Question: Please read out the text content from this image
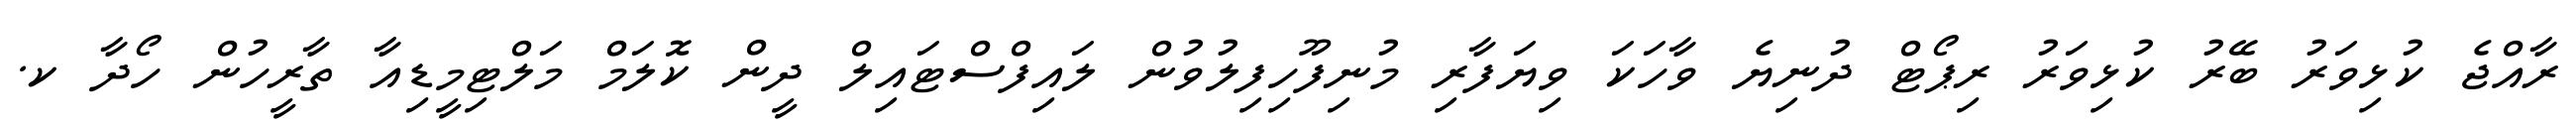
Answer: ރާއްޖެ ކުޅިވަރު ބޭރު ކުޅިވަރު ރިޕޯޓް ދުނިޔެ ވާހަކަ ވިޔަފާރި މުނިފޫހިފިލުވުން ލައިފްސްޓައިލް ދީން ކޮލަމް މަލްޓިމީޑިއާ ތާރީހުން ހޯދާ ކ.